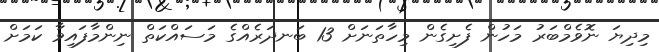
މިދިޔަ ނޮވެމްބަރު މަހުން ފެށިގެން މިހާތަނަށް 13 ބަނދަރެއްގެ މަސައްކަތް ނިންމާފައިވާ ކަމަށް